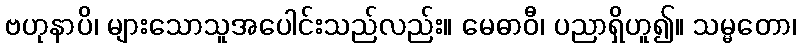
ဗဟုနာပိ၊ များသောသူအပေါင်းသည်လည်း။ မေဓာဝီ၊ ပညာရှိဟူ၍။ သမ္မတော၊